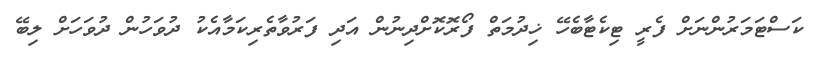
ކަސްޓަމަރުންނަށް ފެރީ ޓިކެޓާބެހޭ ޚިދުމަތް ފޯރޮކޮށްދިނުން އަދި ފަރުވާތެރިކަމާއެކު ދުވަހުން ދުވަހަށް ލިބޭ